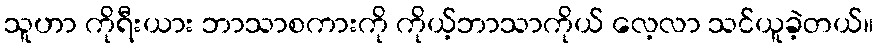
သူဟာ ကိုရီးယား ဘာသာစကားကို ကိုယ့်ဘာသာကိုယ် လေ့လာ သင်ယူခဲ့တယ်။